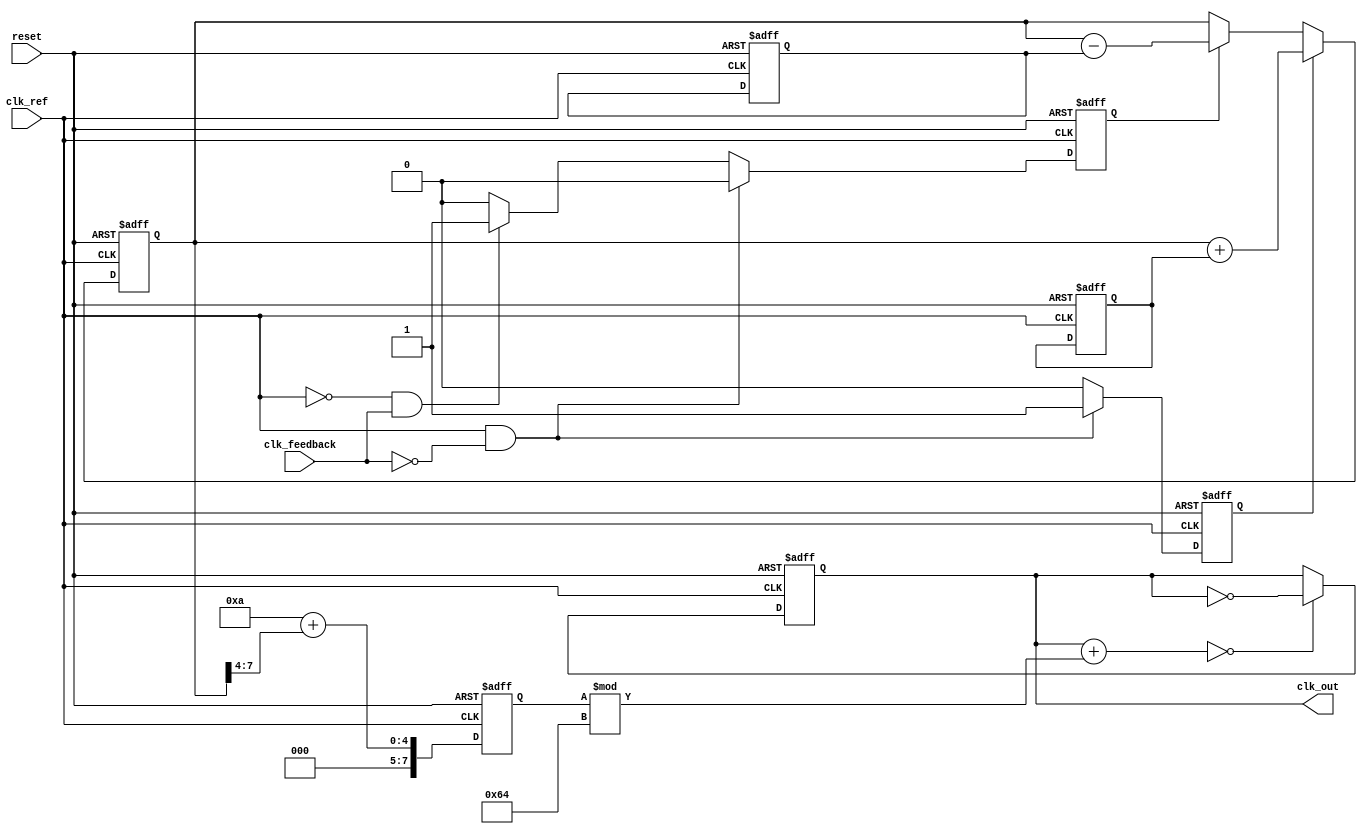
module charge_pump_pll (
    input wire clk_ref,       // Reference clock
    input wire clk_feedback,  // Feedback clock from the VCO
    input wire reset,         // Reset signal
    output reg clk_out        // Output clock from the VCO
);

// Parameters
parameter VCO_MAX_FREQ = 100; // Maximum VCO frequency multiplier
parameter VCO_MIN_FREQ = 10;   // Minimum VCO frequency multiplier

// PFD signals
reg pfd_up;                  // UP signal from PFD
reg pfd_down;                // DOWN signal from PFD

// Charge Pump signals
reg [7:0] control_voltage;   // Control voltage for the VCO
reg [7:0] charge_current;    // Charge current
reg [7:0] discharge_current; // Discharge current

// VCO signals
reg [7:0] vco_frequency;     // VCO frequency control
reg vco_clk;                 // VCO clock output

// Phase Frequency Detector (PFD)
always @(posedge clk_ref or posedge reset) begin
    if (reset) begin
        pfd_up <= 0;
        pfd_down <= 0;
    end else begin
        if (clk_ref && !clk_feedback) begin
            pfd_up <= 1;   // Reference clock is ahead
            pfd_down <= 0;
        end else if (!clk_ref && clk_feedback) begin
            pfd_up <= 0;
            pfd_down <= 1; // VCO clock is ahead
        end else begin
            pfd_up <= 0;
            pfd_down <= 0; // No phase difference
        end
    end
end

// Charge Pump (CP)
always @(posedge clk_ref or posedge reset) begin
    if (reset) begin
        control_voltage <= 8'd128; // Mid-scale voltage
    end else begin
        if (pfd_up) begin
            control_voltage <= control_voltage + charge_current;
        end else if (pfd_down) begin
            control_voltage <= control_voltage - discharge_current;
        end
    end
end

// Loop Filter (LF) - Simple first-order filter for control voltage
always @(posedge clk_ref or posedge reset) begin
    if (reset) begin
        charge_current <= 8'd2; // Set charge current
        discharge_current <= 8'd2; // Set discharge current
    end else begin
        // Implement filtering logic here if needed
    end
end

// Voltage-Controlled Oscillator (VCO)
always @(posedge clk_ref or posedge reset) begin
    if (reset) begin
        vco_frequency <= VCO_MIN_FREQ; // Start with minimum frequency
        clk_out <= 0;
    end else begin
        // Control VCO frequency based on control voltage
        vco_frequency <= VCO_MIN_FREQ + (control_voltage[7:4]); // Simple mapping
        // Generate output clock signal
        clk_out <= (clk_out + vco_frequency % VCO_MAX_FREQ == 0) ? ~clk_out : clk_out;
    end
end

endmodule